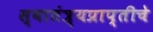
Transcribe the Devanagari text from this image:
स्वातंत्र्यप्राप्तीचे